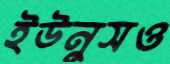
ইউনুসও